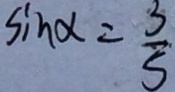
\sin x = \frac { 3 } { 5 }